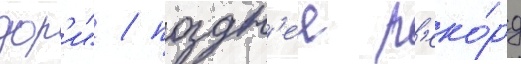
дор'и" / поздн'ее р'еко́рд